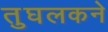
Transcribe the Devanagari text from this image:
तुघलकने